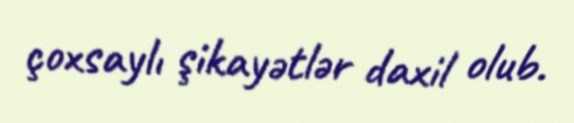
çoxsaylı şikayətlər daxil olub.